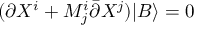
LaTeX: ( \partial X ^ { i } + M _ { j } ^ { i } \bar { \partial } X ^ { j } ) | B \rangle = 0